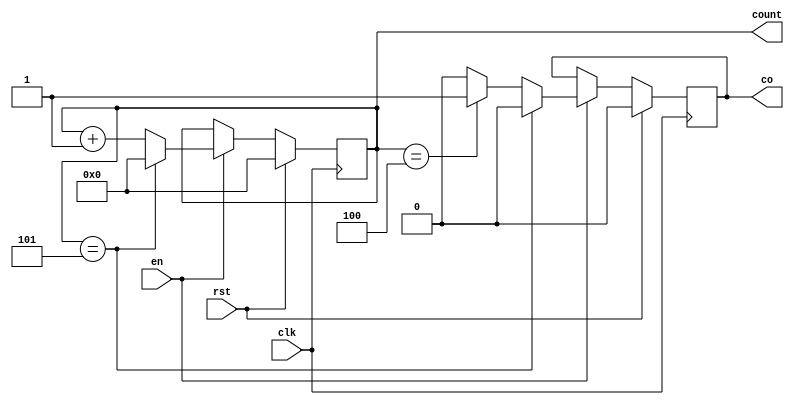
`timescale 1ns / 1ps
//////////////////////////////////////////////////////////////////////////////////
// Company: 
// Engineer: 
// 
// Design Name: 
// Module Name: sixcount
// Project Name: 
// Target Devices: 
// Tool Versions: 
// Description: 
// 
// Dependencies: 
// 
// Revision:
// Revision 0.01 - File Created
// Additional Comments:
// 
//////////////////////////////////////////////////////////////////////////////////


module sixcount(
input wire rst,
input wire clk,
input wire en,
output reg [3:0] count,
output reg co
    );
    always @ (posedge clk) begin
        if (rst) begin
            count <= 4'b0;
            co <= 1'b0;
        end
        else if (en) begin
            if (count == 4'd5) begin
                count <= 4'b0;
                co <= 1'b0;
            end
            else begin
                count <= count + 1'b1;
                if (count == 4'd4) begin
                    co <= 1'b1;
                end
                else begin
                    co <= 1'b0;
                end
            end
        end
    end
endmodule